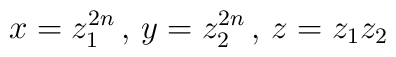
x = z_1^{2n} \, , \, y = z_2^{2n} \, , \, z = z_1 z_2